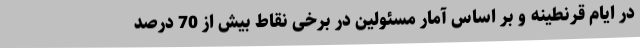
در ایام قرنطینه و بر اساس آمار مسئولین در برخی نقاط بیش از 70 درصد